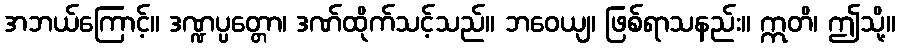
အဘယ်ကြောင့်။ ဒဏ္ဍပ္ပတ္တော၊ ဒဏ်ထိုက်သင့်သည်။ ဘဝေယျ၊ ဖြစ်ရာသနည်း။ ဣတိ၊ ဤသို့။